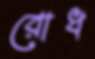
রোধ